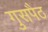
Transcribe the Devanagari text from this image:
गुसपैठ